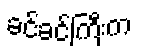
ခင်ခင်ကြီးက